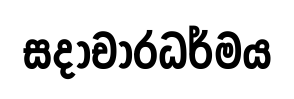
සදාචාරධර්මය